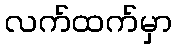
လက်ထက်မှာ